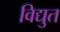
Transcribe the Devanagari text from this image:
विद्युत